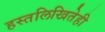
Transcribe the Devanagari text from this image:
हस्तलिखितेही